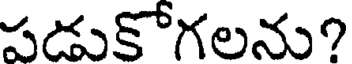
పడుకోగలను?